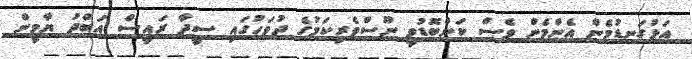
އަޅުގަނޑުމެން އެންމެން ވެސް ކަންބޮޑުވީ ނޫސްވެރިކަމުގެ ދުވަހުގައި ސީދާ ރައީސް އަބްދު ޔާމީން